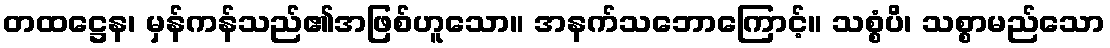
တထဋ္ဌေန၊ မှန်ကန်သည်၏အဖြစ်ဟူသော။ အနက်သဘောကြောင့်။ သစ္စံပိ၊ သစ္စာမည်သော